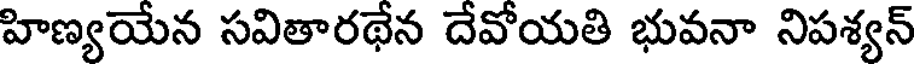
హిణ్యయేన సవితారథేన దేవోయతి భువనా నిపశ్యన్